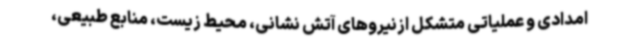
امدادی و عملیاتی متشکل ازنیروهای آتش نشانی، محیط زیست، منابع طبیعی،